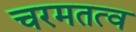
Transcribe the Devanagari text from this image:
चरमतत्व